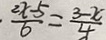
\frac { 2 x - 5 } { 6 } = \frac { 3 - x } { 4 }